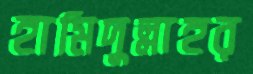
হামিদুল্লাহর